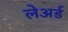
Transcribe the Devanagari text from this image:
लेअर्ड